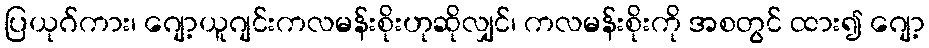
ပြယုဂ်ကား၊ ဂျော့ယူဂျင်းကလမန်းစိုးဟုဆိုလျှင်၊ ကလမန်းစိုးကို အစတွင် ထား၍ ဂျော့